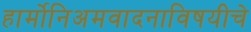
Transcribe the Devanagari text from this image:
हार्मोनिअमवादनाविषयीचे